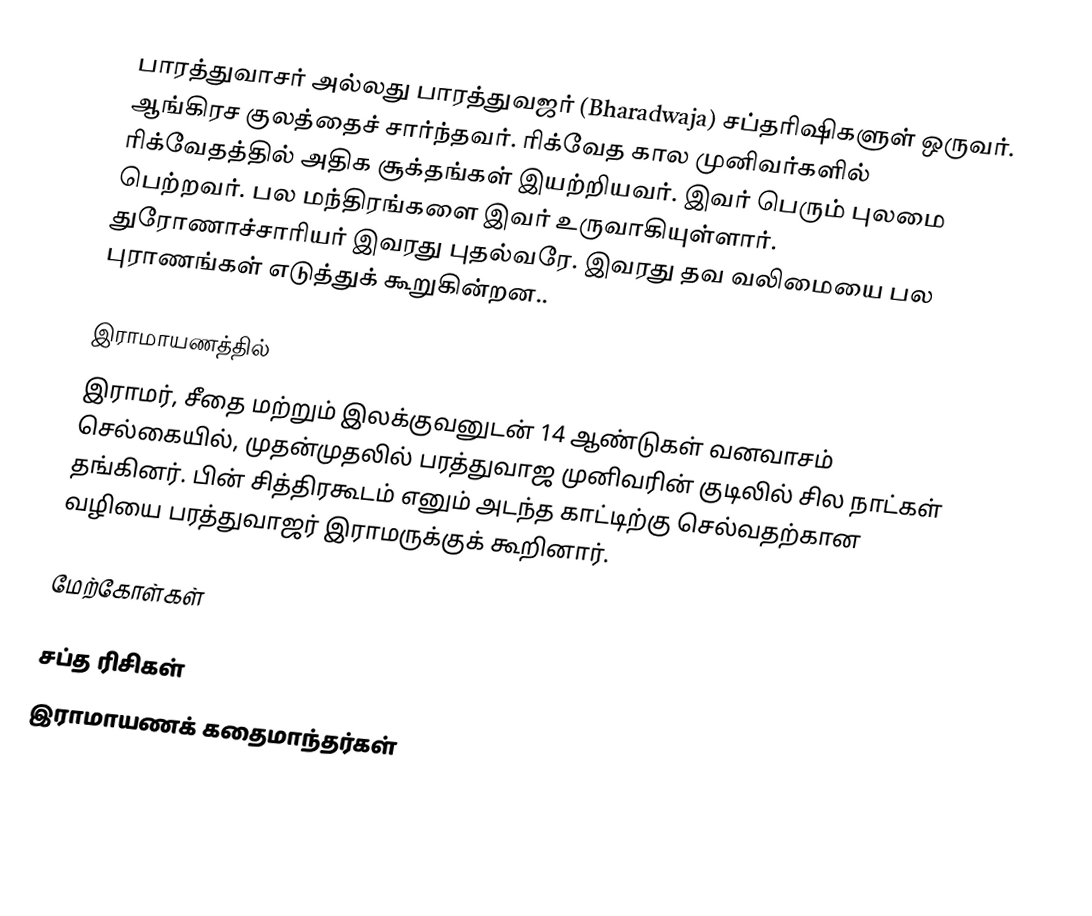
பாரத்துவாசர் அல்லது பாரத்துவஜர் (Bharadwaja) சப்தரிஷிகளுள் ஒருவர். ஆங்கிரச குலத்தைச் சார்ந்தவர். ரிக்வேத கால முனிவர்களில் ரிக்வேதத்தில் அதிக சூக்தங்கள் இயற்றியவர். இவர் பெரும் புலமை பெற்றவர். பல மந்திரங்களை இவர் உருவாகியுள்ளார். துரோணாச்சாரியர் இவரது புதல்வரே. இவரது தவ வலிமையை பல புராணங்கள் எடுத்துக் கூறுகின்றன..

இராமாயணத்தில்
இராமர், சீதை மற்றும் இலக்குவனுடன் 14 ஆண்டுகள் வனவாசம் செல்கையில், முதன்முதலில் பரத்துவாஜ முனிவரின் குடிலில் சில நாட்கள் தங்கினர். பின் சித்திரகூடம் எனும் அடந்த காட்டிற்கு செல்வதற்கான வழியை பரத்துவாஜர் இராமருக்குக் கூறினார்.

மேற்கோள்கள்

சப்த ரிசிகள்
இராமாயணக் கதைமாந்தர்கள்